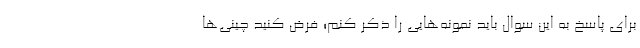
برای پاسخ به این سوال باید نمونه‌هایی را ذکر کنم؛ فرض کنید چینی‌ها